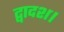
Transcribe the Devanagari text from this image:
द्वादश।